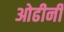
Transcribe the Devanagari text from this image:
ओढीनी